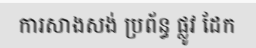
ការសាងសង់ ប្រព័ន្ធ ផ្លូវ ដែក